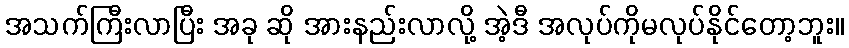
အသက်ကြီးလာပြီး အခု ဆို အားနည်းလာလို့ အဲ့ဒီ အလုပ်ကိုမလုပ်နိုင်တော့ဘူး။